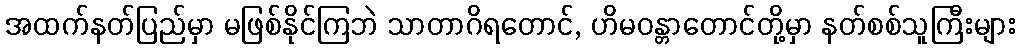
အထက်နတ်ပြည်မှာ မဖြစ်နိုင်ကြဘဲ သာတာဂိရတောင်, ဟိမဝန္တာတောင်တို့မှာ နတ်စစ်သူကြီးများ